Civil Veterinary Dept. North-West Frontier Province 1933-46 - 1933-1946
Year: 1933
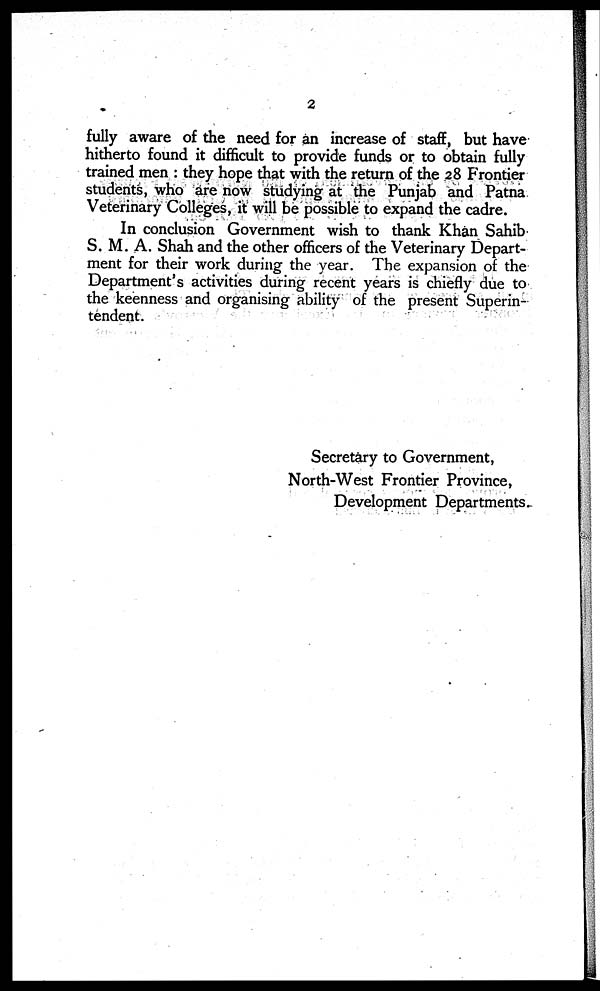
2
fully aware of the need for an increase of staff, but have
hitherto found it difficult to provide funds or to obtain fully
trained men : they hope that with the return of the 28 Frontier
students, who are now studying at the Punjab and Patna
Veterinary Colleges, it will be possible to expand the cadre.
In conclusion Government wish to thank Khan Sahib
S. M. A. Shah and the other officers of the Veterinary Depart-
ment for their work during the year. The expansion of the
Department's activities during recent years is chiefly due to
the keenness and organising ability of the present Superin-
tendent.
Secretary to Government,
North-West Frontier Province,
Development Departments.